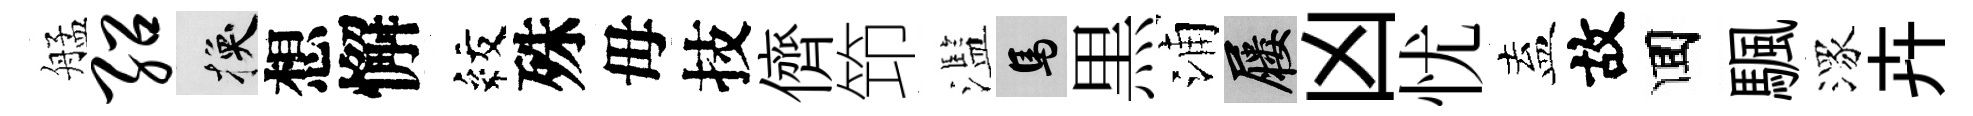
艋绍换想懈紋殊毋技儕笻濫馬黒浦屨凶忧盍故囬颿潈卉